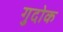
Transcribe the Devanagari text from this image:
गुदोक